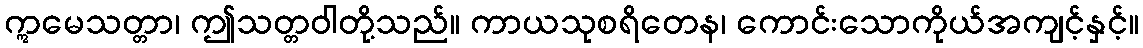
ဣမေသတ္တာ၊ ဤသတ္တဝါတို့သည်။ ကာယသုစရိတေန၊ ကောင်းသောကိုယ်အကျင့်နှင့်။